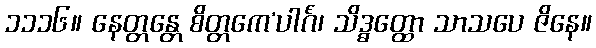
၁၁၁၆။ နေတ္တန္တေ စိတ္တကေ’ပါင်္ဂံ၊ သိဒ္ဓတ္ထော သာသပေ ဇိနေ။